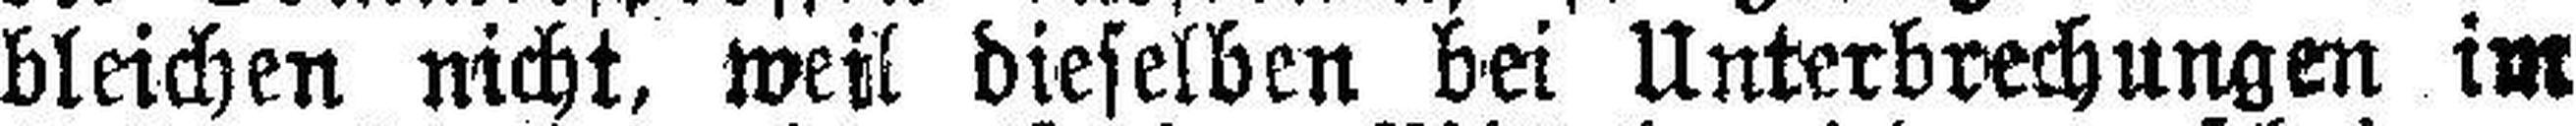
bleichen nicht, weil dieselben bei Unterbrechungen im